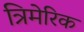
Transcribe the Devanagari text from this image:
त्रिमेरिक